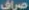
صراف